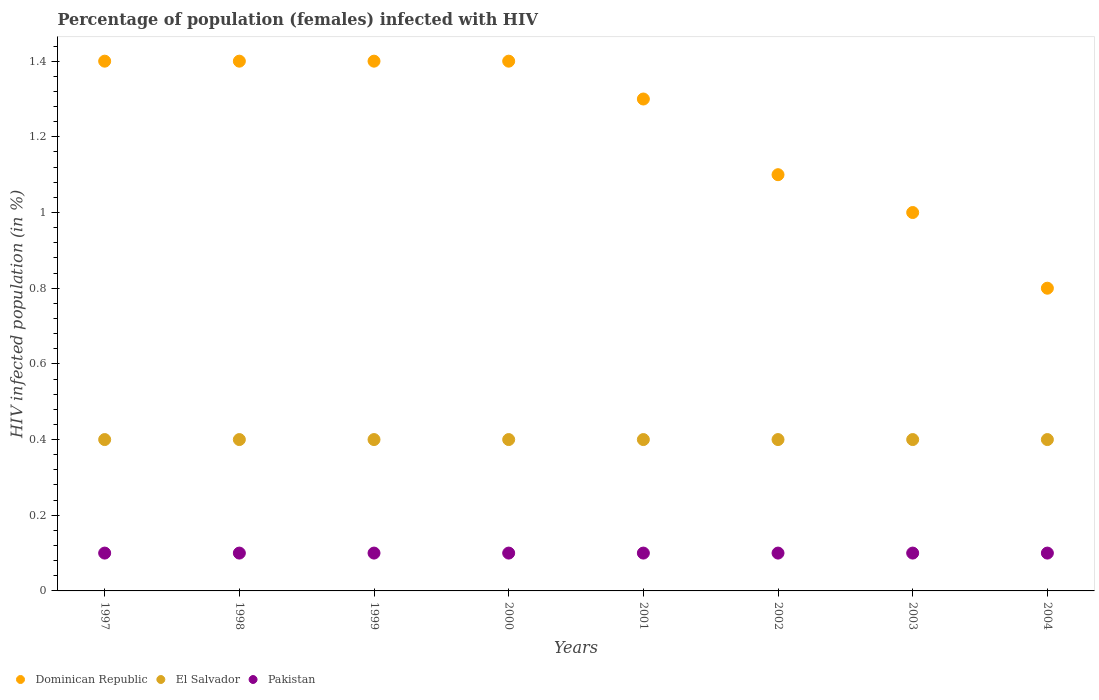
| Years | Dominican Republic | El Salvador | Pakistan |
 | --- | --- | --- | --- |
 | 1997 | 1.4 | 0.4 | 0.1 |
 | 1998 | 1.4 | 0.4 | 0.1 |
 | 1999 | 1.4 | 0.4 | 0.1 |
 | 2000 | 1.4 | 0.4 | 0.1 |
 | 2001 | 1.3 | 0.4 | 0.1 |
 | 2002 | 1.1 | 0.4 | 0.1 |
 | 2003 | 1 | 0.4 | 0.1 |
 | 2004 | 0.8 | 0.4 | 0.1 |